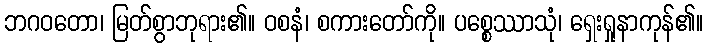
ဘဂဝတော၊ မြတ်စွာဘုရား၏။ ဝစနံ၊ စကားတော်ကို။ ပစ္စေဿာသုံ၊ ရှေးရှုနာကုန်၏။